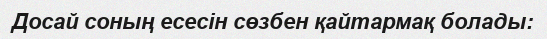
Досай соның есесін сөзбен қайтармақ болады: